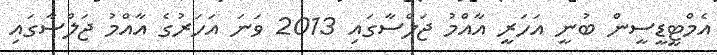
އެމްޓީޑީސީން ބުނީ އަހަރީ އާއްމު ޖަލްސާގައި 2013 ވަނަ އަހަރުގެ އާއްމު ޖަލްސާގައި